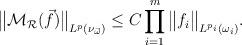
LaTeX: \begin{align*}{\big\|\mathcal{M}_\mathcal{R}(\vec{f})\big\|}_{L^p(\nu_{\vec{\omega}})} \leq C\prod_{i = 1}^m{\big\|f_i\big\|}_{L^{p_i}(\omega_i)}.\end{align*}